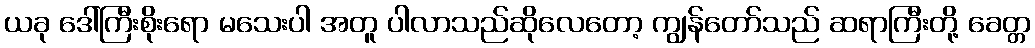
ယခု ဒေါ်ကြီးစိုးရော မသေးပါ အတူ ပါလာသည်ဆိုလေတော့ ကျွန်တော်သည် ဆရာကြီးတို့ ခေတ္တ